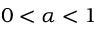
0 < \alpha < 1